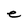
Character: e